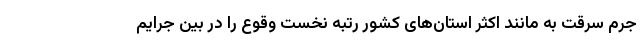
جرم سرقت به مانند اکثر استان‌های کشور رتبه نخست وقوع را در بین جرایم